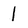
Character: 1